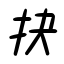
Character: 抉